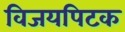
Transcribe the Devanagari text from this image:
विजयपिटक